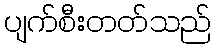
ပျက်စီးတတ်သည်